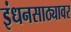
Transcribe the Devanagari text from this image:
इंधनसाठ्यावर